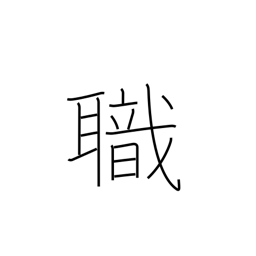
Meaning: employment